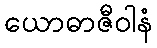
ယောဓာဇီဝါနံ